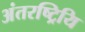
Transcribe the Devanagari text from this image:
अंतरष्ट्रियि